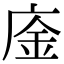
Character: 𢉅